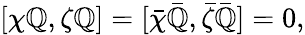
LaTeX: [\chi\mathbb{Q},\zeta\mathbb{Q}]=[\bar{{\chi}}\bar{{\mathbb{Q}}},\bar{{\zeta}}\bar{{\mathbb{Q}}}]=0,